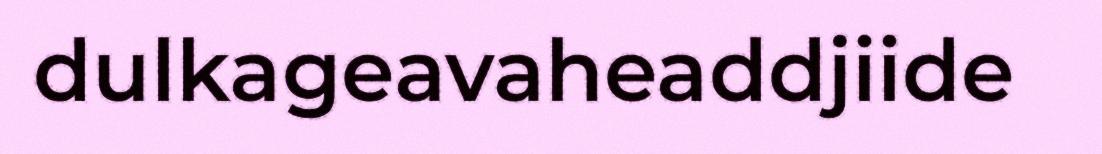
dulkageavaheaddjiide